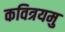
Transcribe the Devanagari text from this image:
कवित्रयमु